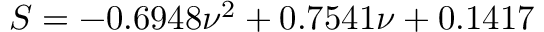
S = - 0 . 6 9 4 8 \nu ^ { 2 } + 0 . 7 5 4 1 \nu + 0 . 1 4 1 7